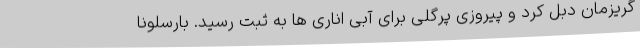
گریزمان دبل کرد و پیروزی پرگلی برای آبی اناری ها به ثبت رسید. بارسلونا